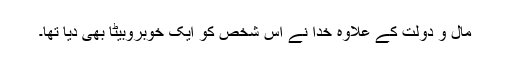
مال و دولت کے علاوہ خدا نے اس شخص کو ایک خوبروبیٹا بھی دیا تھا۔